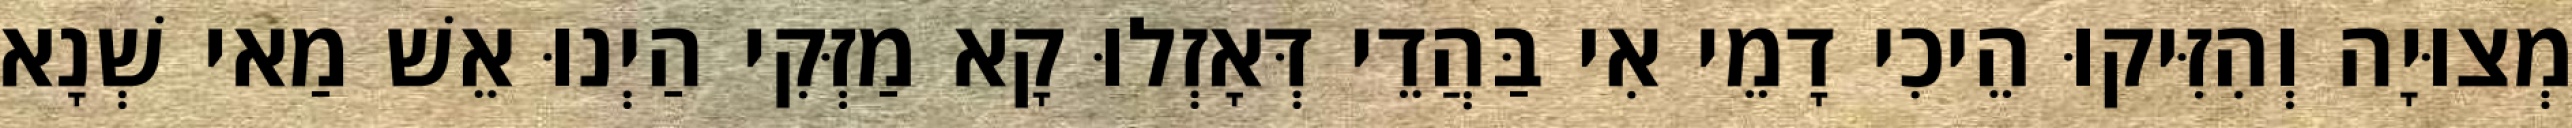
מְצוּיָה וְהִזִּיקוּ הֵיכִי דָמֵי אִי בַּהֲדֵי דְּאָזְלוּ קָא מַזְּקִי הַיְנוּ אֵשׁ מַאי שְׁנָא